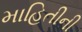
માહિતીની